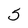
Character: 5